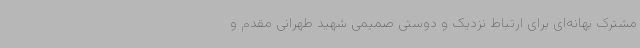
مشترک بهانه‌ای برای ارتباط نزدیک و دوستی صمیمی شهید طهرانی مقدم و